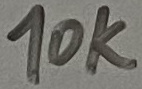
Text: 10K